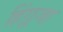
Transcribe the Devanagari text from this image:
हिंग्लजा